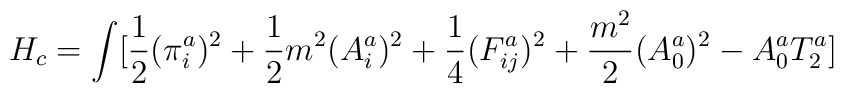
H_c  =  \int  [ \frac{1}{2} (\pi_i^a)^2 + \frac{1}{2}m^2(A_i^a)^2 + \frac{1}{4}(F_{ij}^a)^2 + \frac{m^2}{2}(A_0^a)^2 - A_0^a T_2^a ]